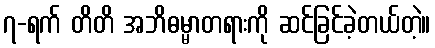
၇-ရက် တိတိ အဘိဓမ္မာတရားကို ဆင်ခြင်ခဲ့တယ်တဲ့။